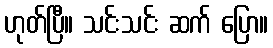
ဟုတ်ပြီ။ သင်းသင်း ဆက် ပြော။